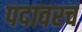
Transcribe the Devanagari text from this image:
पदावरच